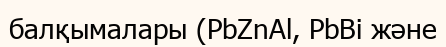
балқымалары (PbZnAl, РbВі және